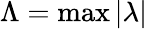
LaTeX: \Lambda=\operatorname*{max}|\lambda|